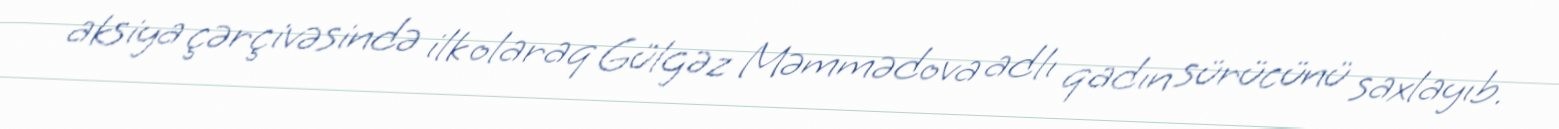
aksiya çərçivəsində ilk olaraq Gülgəz Məmmədova adlı qadın sürücünü saxlayıb.